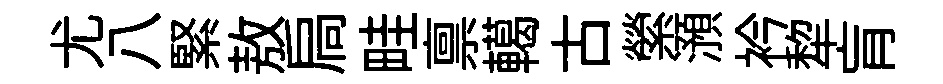
尤八緊敖扃畦禀轕古縈澦衿犂肓